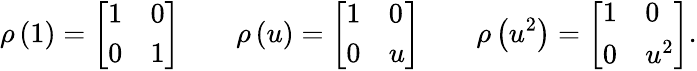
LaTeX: \rho\left(1\right)={\left[\begin{array}{ll}{1}&{0}\\ {0}&{1}\end{array}\right]}\qquad\rho\left(u\right)={\left[\begin{array}{ll}{1}&{0}\\ {0}&{u}\end{array}\right]}\qquad\rho\left(u^{2}\right)={\left[\begin{array}{ll}{1}&{0}\\ {0}&{u^{2}}\end{array}\right]}.